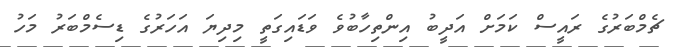
ޗެމްބަރުގެ ރައީސް ކަމަށް އަދީބު އިންތިހާބުވެ ވަޑައިގަތީ މިދިޔަ އަހަރުގެ ޑިސެމްބަރު މަހު